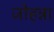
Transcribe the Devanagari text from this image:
जोहन्ना